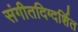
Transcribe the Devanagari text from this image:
संगीतदिग्दर्शित